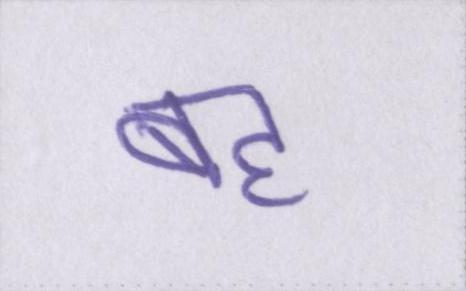
बह